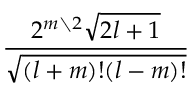
\frac { 2 ^ { m \setminus 2 } { \sqrt { 2 l + 1 } } } { \sqrt { ( l + m ) ! ( l - m ) ! } }